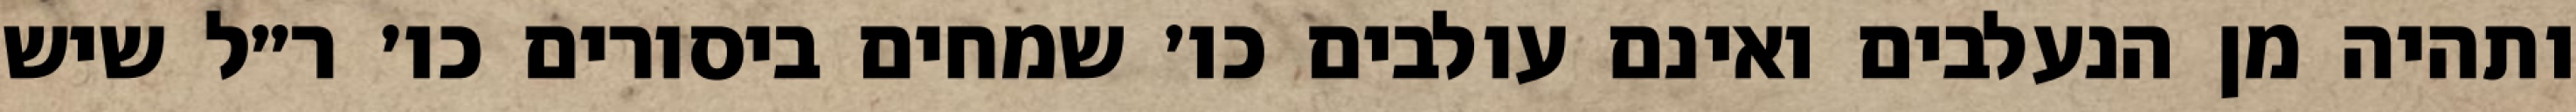
ותהיה מן הנעלבים ואינם עולבים כו׳ שמחים ביסורים כו׳ ר״ל שיש